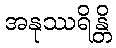
အနုဿရိန္တိ